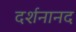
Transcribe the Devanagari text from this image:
दर्शनानद